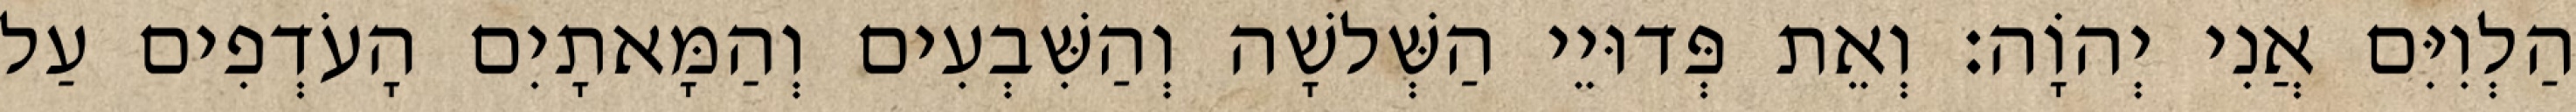
הַלְוִיִּם אֲנִי יְהוָֹה׃ וְאֵת פְּדוּיֵי הַשְּׁלשָׁה וְהַשִּׁבְעִים וְהַמָּאתָיִם הָעֹדְפִים עַל